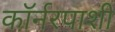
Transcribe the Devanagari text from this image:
कॉर्नरपाशी